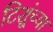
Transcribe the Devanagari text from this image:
टिशूंच्या